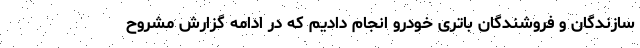
سازندگان و فروشندگان باتری خودرو انجام دادیم که در ادامه گزارش مشروح